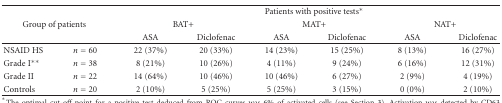
<table><thead><tr><td colspan="2"></td><td colspan="6"><b>Patients with positive tests*</b></td></tr><tr><td colspan="2"><b>Group of patients</b></td><td colspan="2"><b>BAT+</b></td><td colspan="2"><b>MAT+</b></td><td colspan="2"><b>NAT+</b></td></tr><tr><td colspan="2"></td><td><b>ASA</b></td><td><b>Diclofenac</b></td><td><b>ASA</b></td><td><b>Diclofenac</b></td><td><b>ASA</b></td><td><b>Diclofenac</b></td></tr></thead><tbody><tr><td>NSAID HS</td><td><i>n</i> = 60</td><td> 22 (37%)</td><td> 20 (33%)</td><td> 14 (23%)</td><td> 15 (25%)</td><td> 8 (13%)</td><td> 16 (27%)</td></tr><tr><td>Grade I**</td><td><i>n</i> = 38</td><td> 8 (21%)</td><td> 10 (26%)</td><td> 4 (11%)</td><td> 9 (24%)</td><td> 6 (16%)</td><td> 12 (31%)</td></tr><tr><td>Grade II</td><td><i>n</i> = 22</td><td> 14 (64%)</td><td> 10 (46%)</td><td> 10 (46%)</td><td> 6 (27%)</td><td> 2 (9%)</td><td> 4 (19%)</td></tr><tr><td> Controls</td><td><i>n</i> = 20</td><td> 2 (10%)</td><td> 5 (25%)</td><td> 5 (25%)</td><td> 3 (15%)</td><td> 0 (0%)</td><td> 2 (10%)</td></tr></tbody></table>